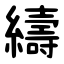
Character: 䌧